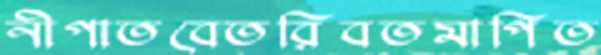
নীপাতবেতরিবতমাপিত